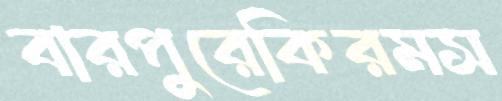
বারপুরেকিরমস